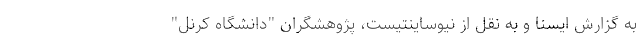
به گزارش ایسنا و به نقل از نیوساینتیست، پژوهشگران "دانشگاه کرنل"